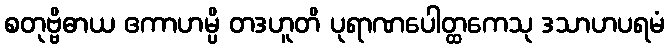
စတုဗ္ဗိဓာယ ဧကာဟမ္ပိ တဒဟူတိ ပုရာဏပေါတ္ထကေသု ဒသာဟပရမံ